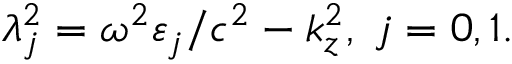
\lambda _ { j } ^ { 2 } = \omega ^ { 2 } \varepsilon _ { j } / c ^ { 2 } - k _ { z } ^ { 2 } , \; j = 0 , 1 .